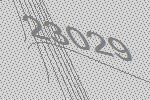
23029